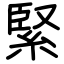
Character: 緊